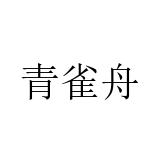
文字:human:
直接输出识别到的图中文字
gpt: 青雀舟